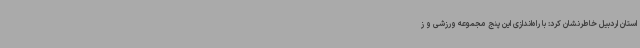
استان اردبیل خاطرنشان کرد: با راه‌اندازی این پنج مجموعه ورزشی و ز